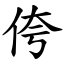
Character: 侉